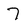
Character: 7